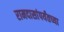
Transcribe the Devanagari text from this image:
रामदासांपर्यंतच्या